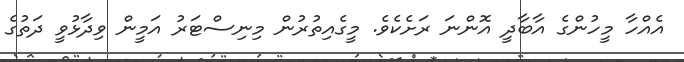
އެއްހާ މީހުންގެ އާބާދީ އޮންނަ ރަށެކެވެ. މީގެއިތުރުން މިނިސްޓަރު އަމީން ވިދާޅުވީ ދަތުގެ